Lunatic asylums Burma 1922-24 - 1922-1924
Year: 1922
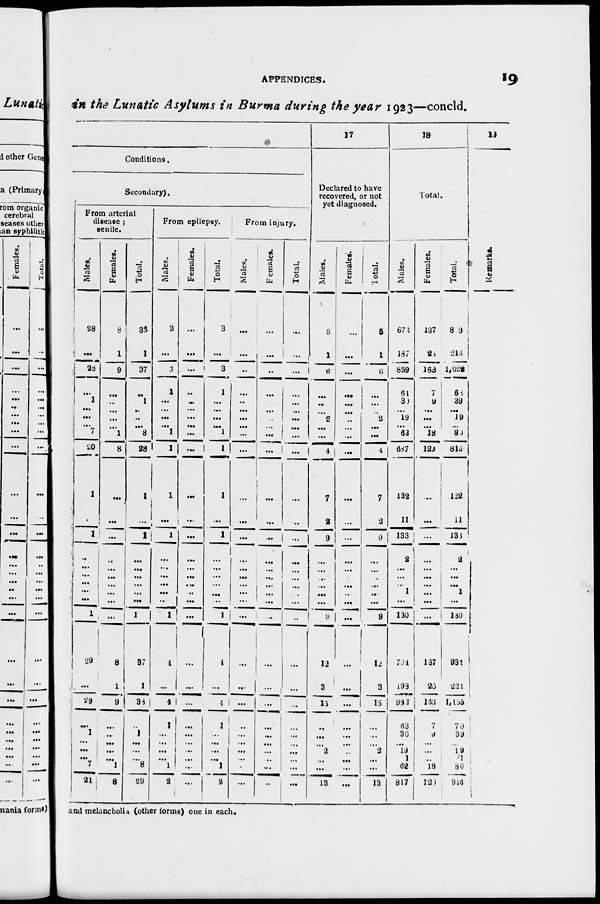
APPENDICES.
19
in the Lunatic Asylums in Burma during the year 1923—concld.
Conditions.
Secondary).
From arterial
disease ;
senile.
Males.
28
...
28
...
1
...
...
... 7
20
1
...
1
...
...
...
...
...
...
1
29
...
29
...
1
...
...
...
7
21
Females.
8
1
9
...
...
...
...
...
1
8
...
...
...
...
...
...
...
...
...
...
8
1
9
...
...
...
...
...
1
8
Total.
36
1
37
...
1
...
...
...
8
28
1
...
1
...
...
...
...
...
...
1
37
1
38
...
1
...
...
...
8
29
From epilepsy.
Males.
3
...
3
1
...
...
...
...
1
1
1
...
1
...
...
...
...
...
...
1
4
...
4
1
...
...
...
...
1
2
Females.
...
...
...
...
...
...
...
...
...
...
...
...
...
...
...
...
...
...
...
...
...
...
...
...
...
...
...
...
...
...
Total.
3
...
3
1
...
...
...
...
1
1
1
...
1
...
...
...
...
...
...
1
4
...
4
1
...
...
...
...
1
2
From injury.
Males.
...
...
...
...
...
...
...
...
...
...
...
...
...
...
...
...
...
...
...
...
...
...
...
...
...
...
...
...
...
...
Females.
...
...
...
...
...
...
...
...
...
...
...
...
...
...
...
...
...
...
...
...
...
...
...
...
...
...
...
...
...
...
Total.
...
...
...
...
...
...
...
...
...
...
...
...
...
...
...
...
...
...
...
...
...
...
...
...
...
...
...
...
...
...
17
Declared to have
recovered, or not
yet diagnosed.
Males.
5
1
6
...
...
...
2
...
...
4
7
2
9
...
...
...
...
...
...
9
12
3
15
...
...
...
2
...
...
13
Females.
...
...
...
...
...
...
...
...
...
...
...
...
...
...
...
...
...
...
...
...
...
...
...
...
...
...
..
...
...
...
Total.
5
1
6
...
...
...
2
...
...
4
7
2
9
...
...
...
...
...
...
9
12
3
15
...
...
...
2
...
...
13
18
Total.
Males.
672
187
859
61
30
...
19
...
62
687
122
11
133
2
...
...
...
1
...
130
794
198
992
63
30
...
19
1
62
817
Females.
137
26
163
7
9
...
...
...
18
129
...
...
...
...
...
...
...
...
...
...
137
26
163
7
9
...
...
...
18
129
Total.
809
213
1,022
68
39
...
19
... 80
816
122
11
133
2
...
...
...
1
...
130
931
224
1,155
70
39
... 19
1
80
946
19
Remarks.
and melancholia (other forms) one in each.